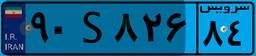
۹۰S۸۲۶۸۴